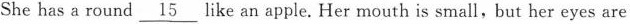
She has a round \underline{15} like an apple. Her mouth is small, but her eyes are